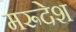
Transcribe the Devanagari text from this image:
मरूदेश